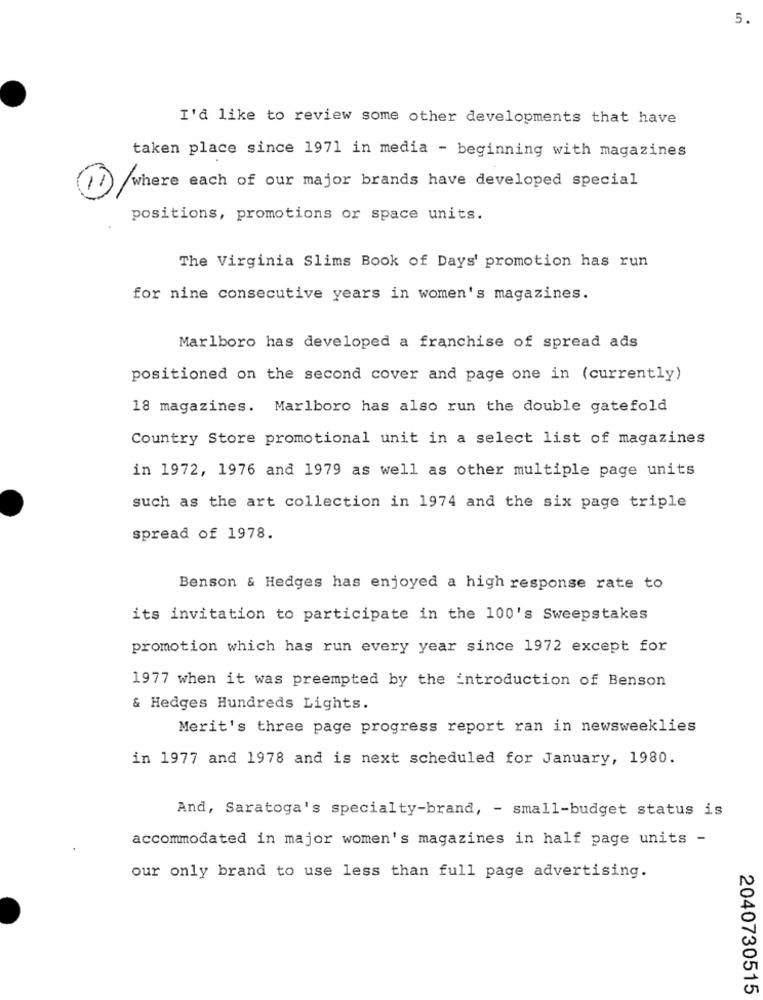
5.
I'd like to review some other developments that have
taken place since 1971 in media - beginning with magazines
where each of our major brands have developed special
positions, promotions or space units.
The Virginia Slims Book of Days' promotion has run
for nine consecutive years in women's magazines.
Marlboro has developed a franchise of spread ads
positioned on the second cover and page one in (currently)
18 magazines. Marlboro has also run the double gatefold
Country Store promotional unit in a select list of magazines
in 1972, 1976 and 1979 as well as other multiple page units
such as the art collection in 1974 and the six page triple
spread of 1978.
Benson & Hedges has enjoyed a high response rate to
its invitation to participate in the 100's Sweepstakes
promotion which has run every year since 1972 except for
1977 when it was preempted by the introduction of Benson
& Hedges Hundreds Lights.
Merit's three page progress report ran in newsweeklies
in 1977 and 1978 and is next scheduled for January, 1980.
And, Saratoga's specialty-brand, - small-budget status is
accommodated in major women's magazines in half page units -
our only brand to use less than full page advertising.
2040730515